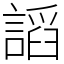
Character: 謟